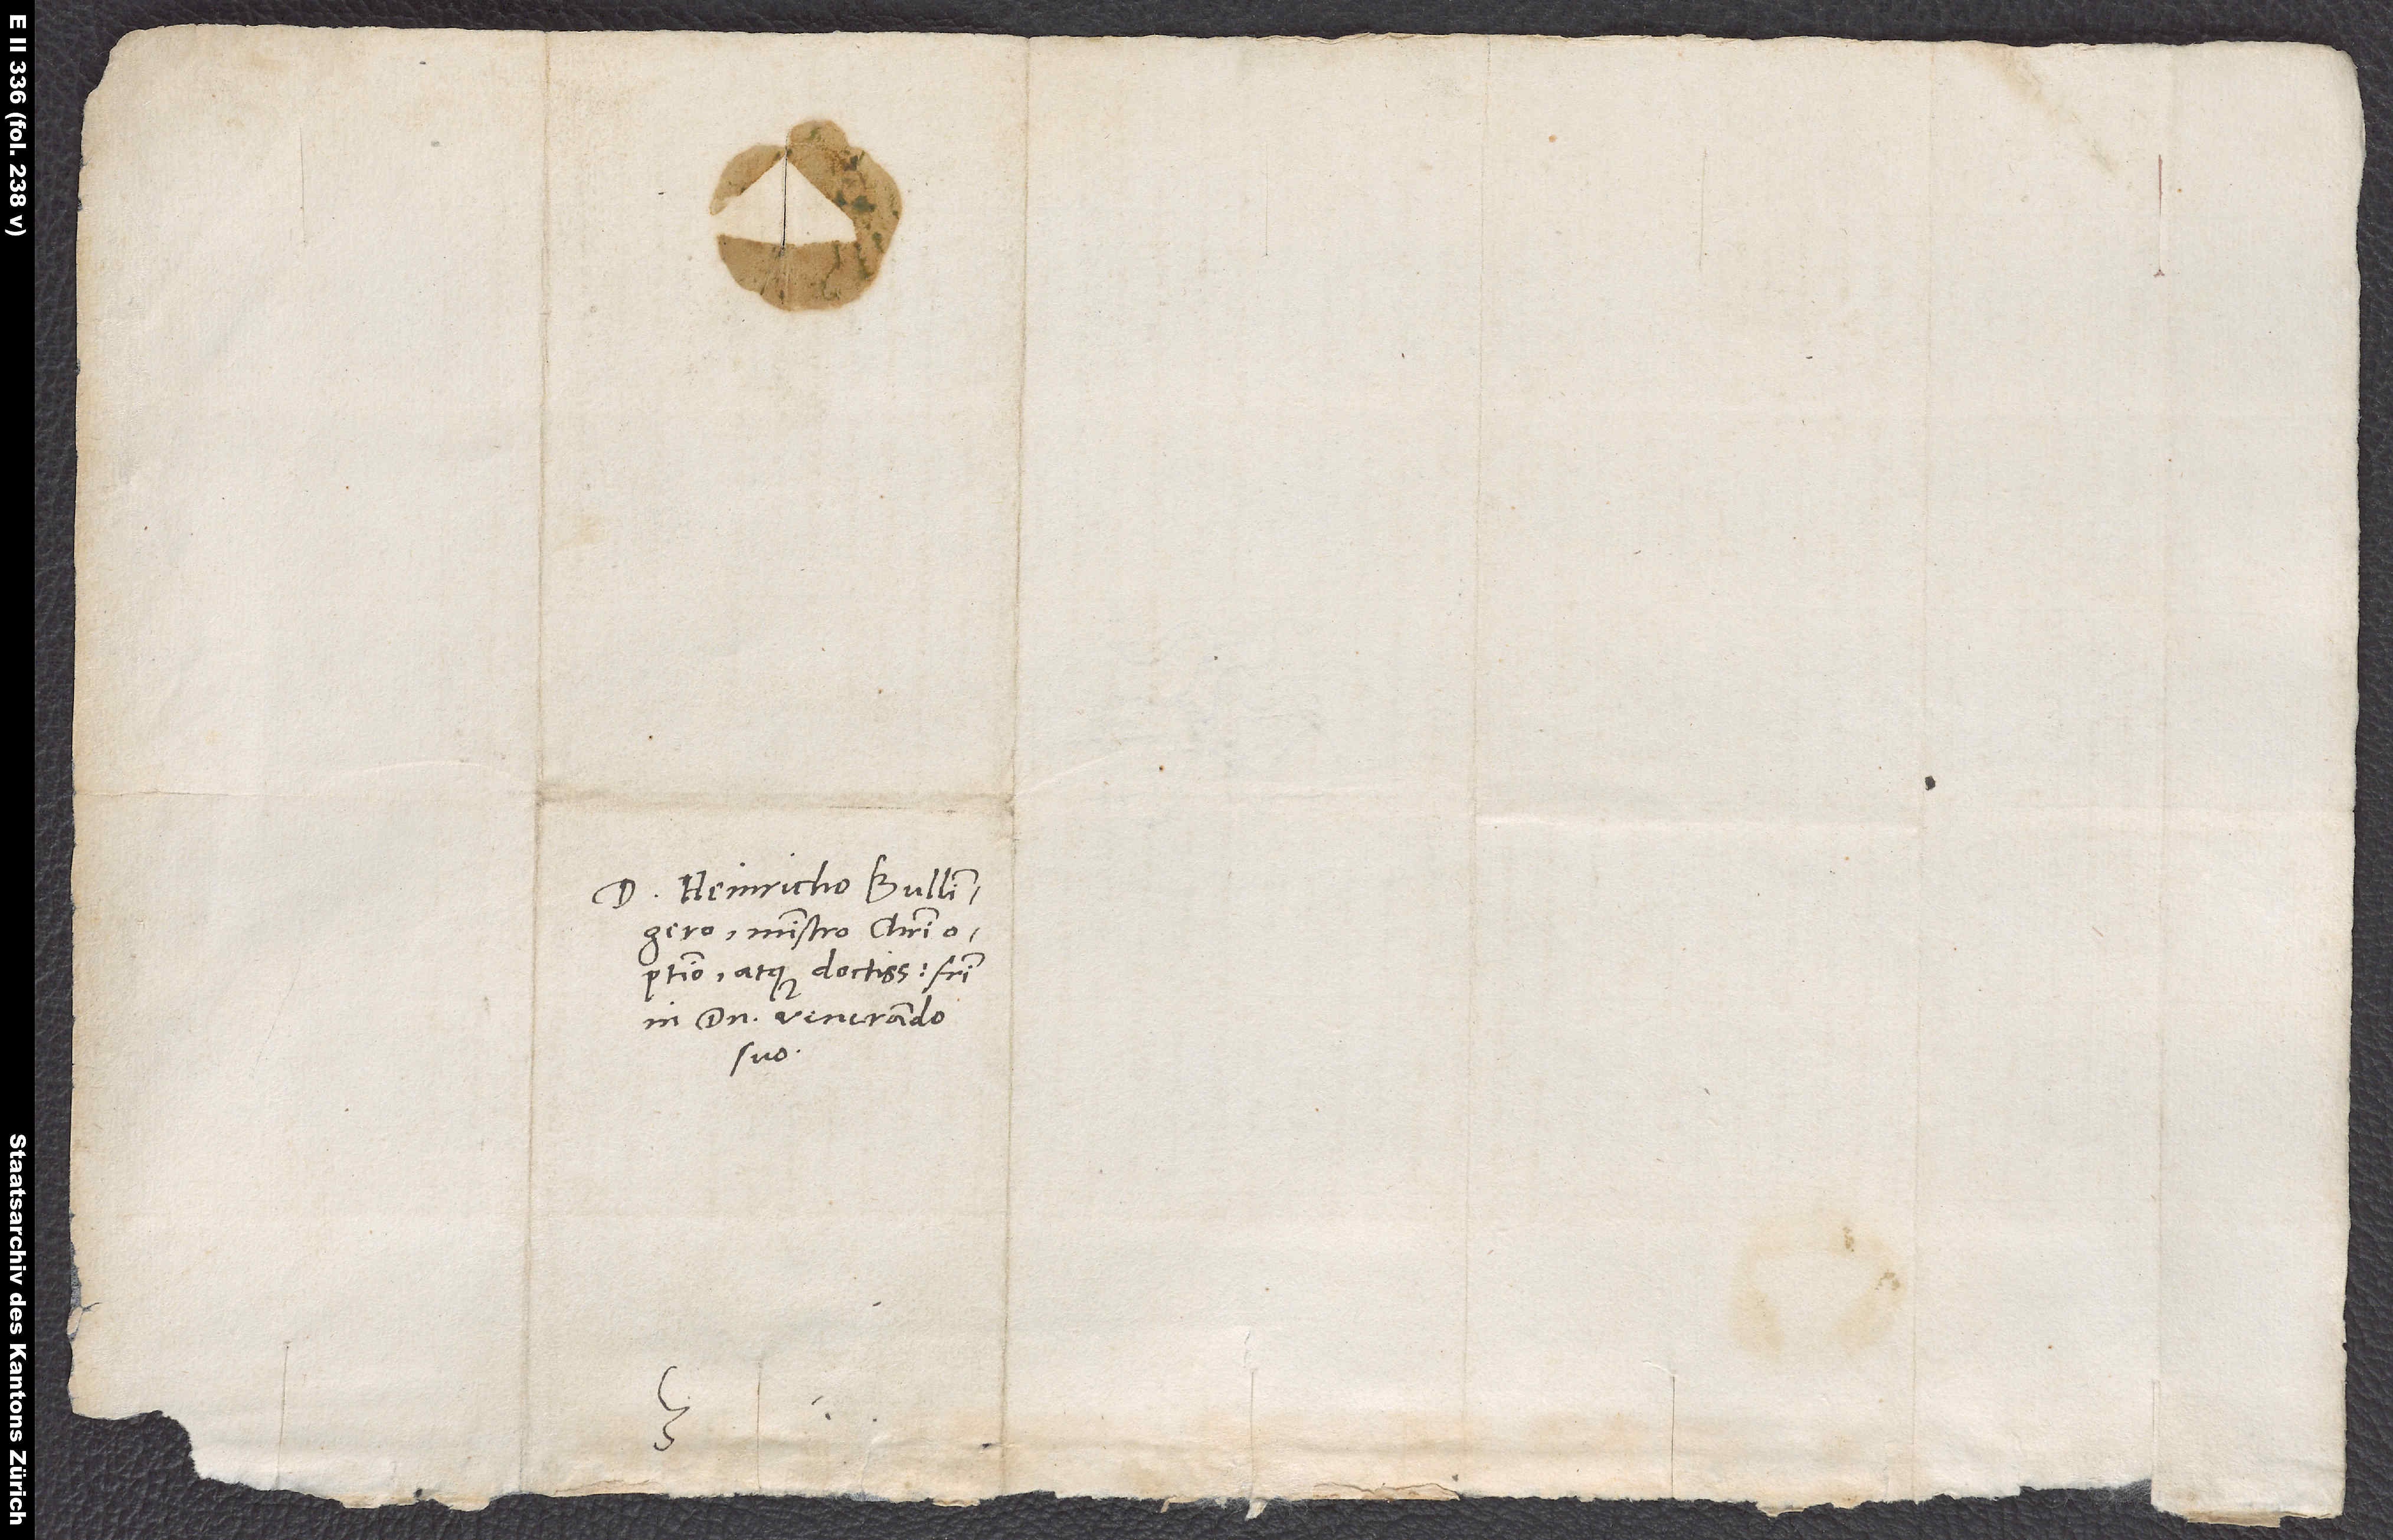
D. Heinricho Bullingero,
ministro Christi
atque doctissimo, fratri
in domino venerando
suo.